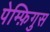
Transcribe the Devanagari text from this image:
पेम्फ़िगुस